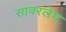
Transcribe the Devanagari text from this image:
सावरलेच